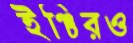
ইঞ্চিরও